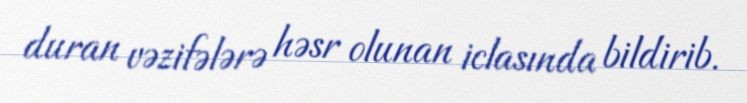
duran vəzifələrə həsr olunan iclasında bildirib.